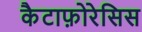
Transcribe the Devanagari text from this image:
कैटाफ़ोरेसिस